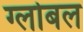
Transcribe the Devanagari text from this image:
ग्लोबल